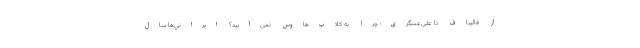
از قالیباف تا علی‌عسگری؛ چرا به کلاب‌هاوس نمی‌آیید؟ ايراني‌ها سال